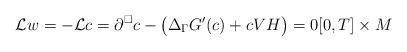
LaTeX: \begin{align*}\mathcal{L}w = -\mathcal{L}c= \partial^\square c - \big( \Delta_\Gamma G'(c) + cVH \big)= 0 [0,T] \times M\end{align*}